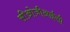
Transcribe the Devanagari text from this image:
सीओजीआईसी